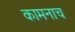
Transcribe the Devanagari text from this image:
कामनाच